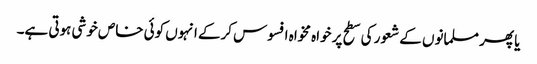
یا پھر مسلمانوں کے شعور کی سطح پر خواہ مخواہ افسوس کرکے انہوں کوئی خاص خوشی ہوتی ہے۔